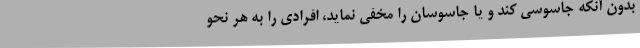
بدون آنکه جاسوسی کند و یا جاسوسان را مخفی نماید، افرادی را به هر نحو